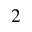
^ { 2 }